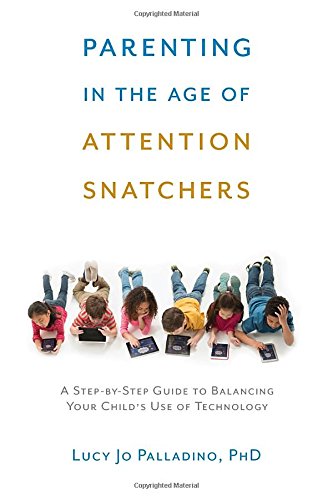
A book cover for Parenting in the Age of Attention Snatchers: A Step-by-Step Guide to Balancing Your Child's Use of Technology; Lucy Jo Palladino; Parenting & Relationships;